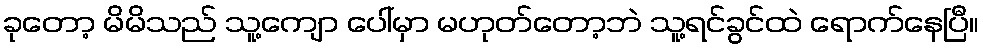
ခုတော့ မိမိသည် သူ့ကျော ပေါ်မှာ မဟုတ်တော့ဘဲ သူ့ရင်ခွင်ထဲ ရောက်နေပြီ။